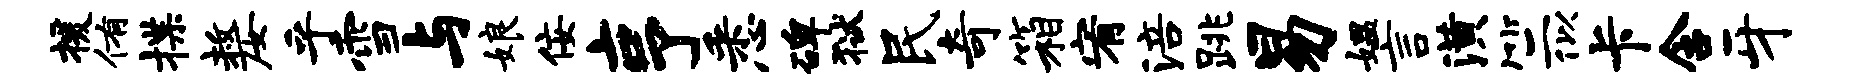
援侑揲嫠乎雪与娘佞亨悉碑狱民奇箱宥涪跳易媪言潢竺似卡含牙